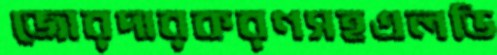
জোরদারকরণসহএলডি